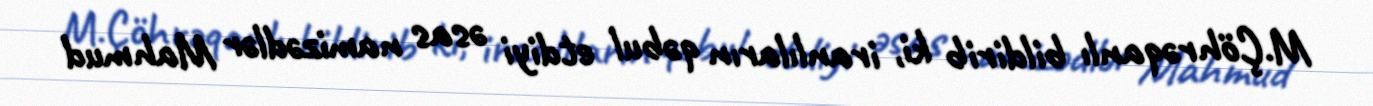
M.Çöhrəqanlı bildirib ki, iranlıların qəbul etdiyi əsas namizədlər Mahmud